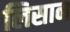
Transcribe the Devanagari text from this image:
लिसान